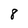
Character: 8